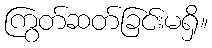
ကြွတ်ဆတ်ခြင်းမရှိ။